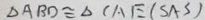
\Delta A B D \cong \Delta C A E ( S A S )